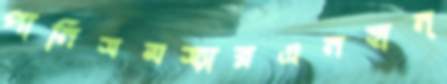
পানিসমস্যারএনহান্